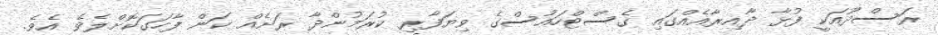
ރަސްދޫއަކީ ފުޅާ ދާއިރާއެއްގައި ގެސްޓްހައުސްގެ ވިޔަފާރި ކުރަމުންދާ ރަށެއް ކަން ފާހަގަކޮށްލެވެ އެވެ.